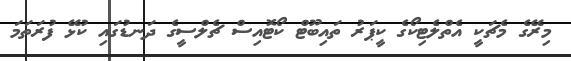
މިރޭގެ މެޗަކީ އެތްލެޓިކޯގެ ކީޕަރު ތައިބޫޓް ކޯޓޮއިސް ޗެލްސީގެ ދަނޑުގައި ކުޅޭ ފުރަތަމަ